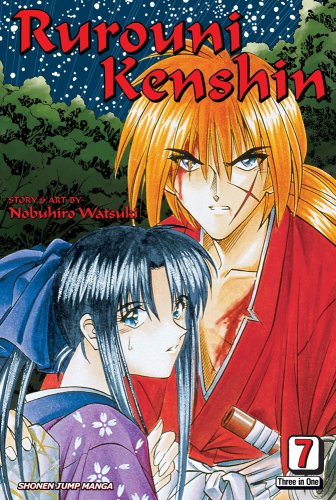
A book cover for Rurouni Kenshin, Vol. 7, Vizbig  Edition; Nobuhiro Watsuki; Comics & Graphic Novels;